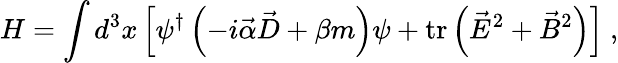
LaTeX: H=\int d^{3}x\left[\psi^{\dagger}\left(-i\vec{\alpha}\vec{D}+\beta m\right)\psi+\mathrm{tr}\left(\vec{E}^{2}+\vec{B}^{2}\right)\right]\ ,